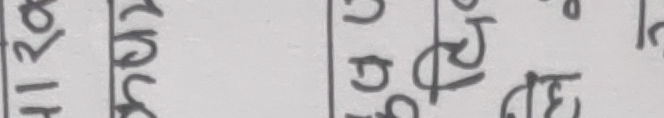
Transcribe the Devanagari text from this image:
रा १ ख २ र प ई
रि २ स ६ फ छ ट
प ५ म ४ व १ घ